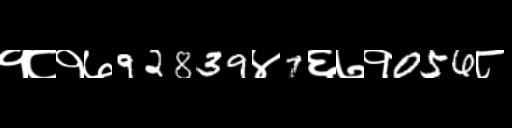
Text: १८१७92839४7६७१056८